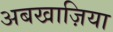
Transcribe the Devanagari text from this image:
अबखाज़िया